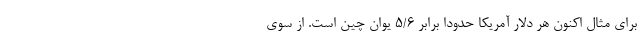
برای مثال اکنون هر دلار آمریکا حدوداً برابر ۵/۶ یوان چین است. از سوی